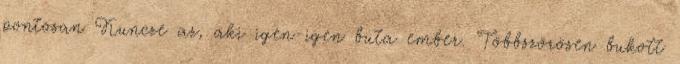
pontosan Kuncze az, aki igen-igen buta ember. Többszörösen bukott